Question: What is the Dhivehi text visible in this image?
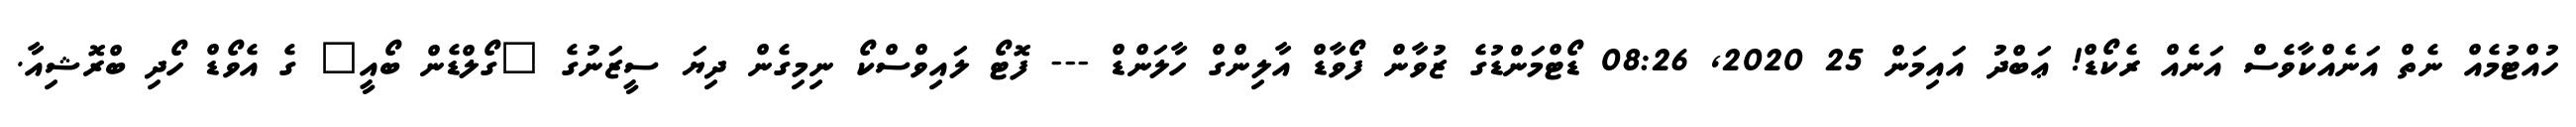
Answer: ހުއްޓުމެއް ނެތް އަނެއްކާވެސް އަނެއް ރެކޯޑް! ޢަބްދު އައިމަން 25 2020, 08:26 ޑޯޓްމަންޑުގެ ޒުވާން ފޯވާޑް އާލިންގް ހާލަންޑް --- ފޮޓޯ ލައިވްސްކޯ ނިމިގެން ދިޔަ ސީޒަނުގެ "ގޯލްޑެން ބޯއީ" ގެ އެވޯޑް ހޯދި ބްރޮޝިއާ.